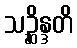
သဉ္ဆိန္ဒတိ